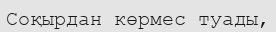
Соқырдан көрмес туады,